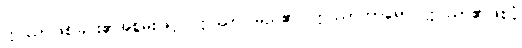
ဣဿာဖြစ်ခြင်း၏အစွမ်းဖြင့်။ ဣဿာ၊ မည်၏။ ဣဿာကာရော၊ ဣဿာ၏ဖြစ်ပုံ